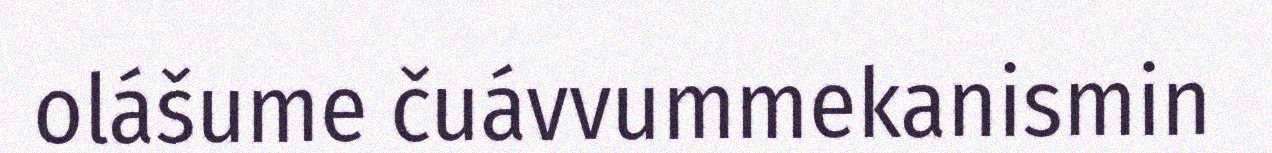
olášume čuávvummekanismin